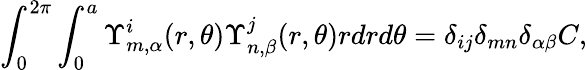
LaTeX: \int_{0}^{2\pi}\int_{0}^{a}\Upsilon_{m,\alpha}^{i}(r,\theta)\Upsilon_{n,\beta}^{j}(r,\theta)rdrd\theta=\delta_{ij}\delta_{mn}\delta_{\alpha\beta}C,